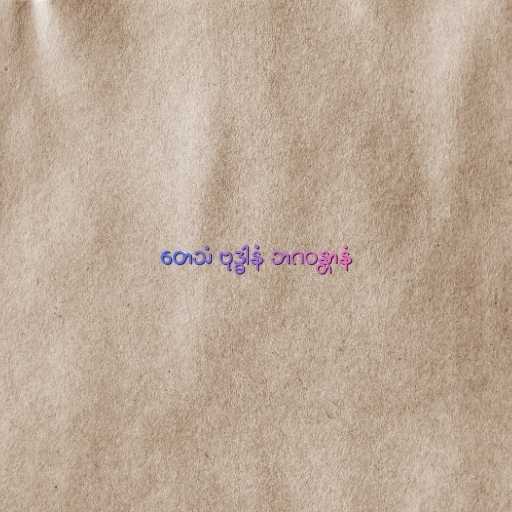
တေသံ ဗုဒ္ဓါနံ ဘဂဝန္တာနံ